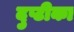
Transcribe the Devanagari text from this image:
दुप्टीका